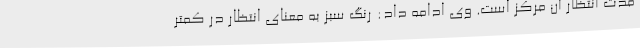
مدت انتظار آن مرکز است. وی ادامه داد: رنگ سبز به معنای انتظار در کمتر